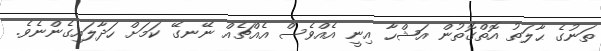
ތަނުގެ ޙާލަތު އޮތްގޮތުން އަޝްހާ އިނީ އެއްވެސް އެއްޗެއް ނޭނގޭ ކަމަށް ހަދާލައިގެންނެވެ.